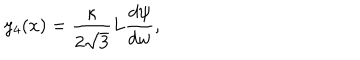
y _ { 4 } ( x ) = \frac { \kappa } { 2 \sqrt { 3 } } L \frac { d \psi } { d w } ,